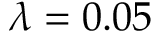
\lambda = 0 . 0 5